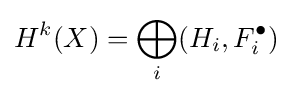
H^{k}(X)=\bigoplus _{i}(H_{i},F_{i}^{\bullet })